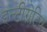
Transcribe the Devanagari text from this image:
इन्टीग्रेटिव